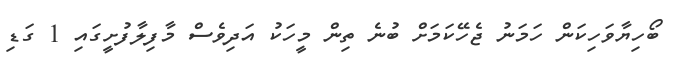
ބޯހިޔާވަހިކަން ހަމަނު ޖެހޭކަމަށް ބުނެ ތިން މީހަކު އަދިވެސް މާފިލާފުށީގައި 1 ގަޑި